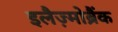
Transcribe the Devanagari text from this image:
इलैज़्मोब्रैंक